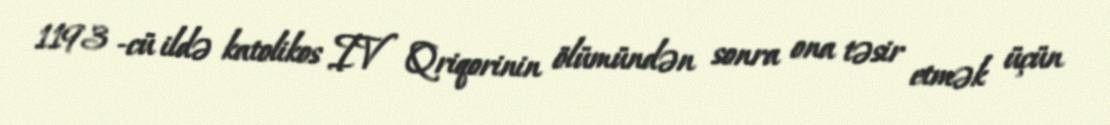
1193 -cü ildə katolikos IV Qriqorinin ölümündən sonra ona təsir etmək üçün